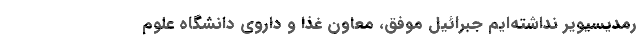
رمدیسیویر نداشته‌ایم جبرائیل موفق، معاون غذا و داروی دانشگاه علوم